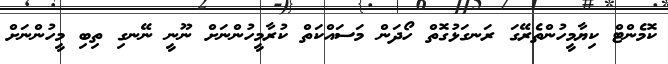
ކޮމެންޓް ކިޔާމީހުންތެރޭގަ ރަނގަޅުގޮތް ހޯދަން މަސައްކަތް ކުރާމީހުންނަށް ނޫނީ ނޭނގި ތިބި މީހުންނަށް